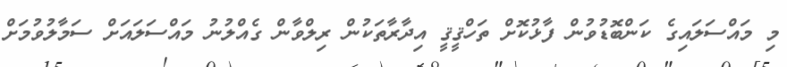
މި މައްސަލައިގެ ކަންބޮޑުވުން ފާޅުކޮށް ތަހްޤީޤީ އިދާރާތަކުން ރިލްވާން ގެއްލުނު މައްސަލައަށް ސަމާލުވުމަށް